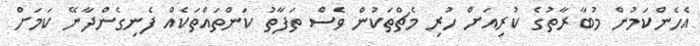
އެހެންކަމުން މުބާރާތުގެ ކުރިއަށް ހުރި މެޗްތަކުން ވެސް ތަފާތު ކަންތައްތަކެއް ފެނިގެންދާނޭ ކަމަށް